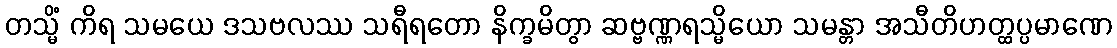
တသ္မိံ ကိရ သမယေ ဒသဗလဿ သရီရတော နိက္ခမိတွာ ဆဗ္ဗဏ္ဏရသ္မိယော သမန္တာ အသီတိဟတ္ထပ္ပမာဏေ